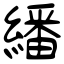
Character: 繙